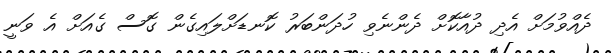
ދެއްވުމަށް އެދި ދުއާކޮށް ދެންނެވި ހުދަންބަރު ކޮނޑަށްލައިގެން ގޮސް ގެއަށް އެ ވަނީ